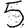
Digit: 5